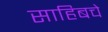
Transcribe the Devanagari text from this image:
साहिबचे